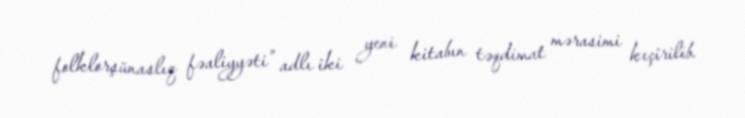
folklorşünaslıq fəaliyyəti” adlı iki yeni kitabın təqdimat mərasimi keçirilib.